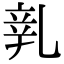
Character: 𨐐